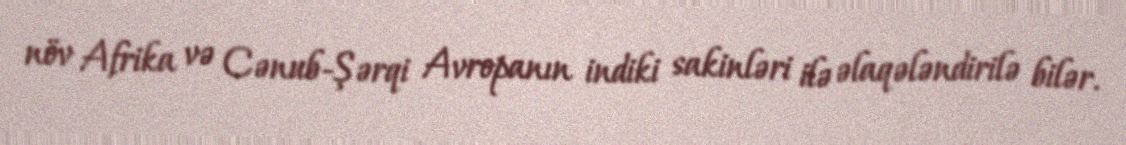
növ Afrika və Cənub-Şərqi Avropanın indiki sakinləri ilə əlaqələndirilə bilər.